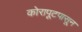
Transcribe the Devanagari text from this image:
कोरापूटपासून